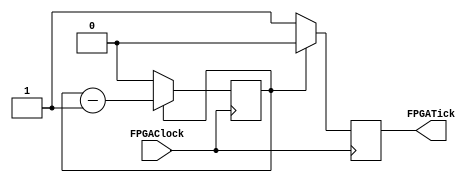
/******************************************************************************
 ** Logisim-evolution goes FPGA automatic generated Verilog code             **
 ** https://github.com/logisim-evolution/                                    **
 **                                                                          **
 ** Component : logisimTickGenerator                                         **
 **                                                                          **
 *****************************************************************************/

module logisimTickGenerator( FPGAClock,
                             FPGATick );

   /*******************************************************************************
   ** Here all module parameters are defined with a dummy value                  **
   *******************************************************************************/
   parameter nrOfBits = 1;
   parameter reloadValue = 1;

   /*******************************************************************************
   ** The inputs are defined here                                                **
   *******************************************************************************/
   input FPGAClock;

   /*******************************************************************************
   ** The outputs are defined here                                               **
   *******************************************************************************/
   output FPGATick;

   /*******************************************************************************
   ** The wires are defined here                                                 **
   *******************************************************************************/
   wire [nrOfBits-1:0] s_countNext;
   wire                s_tickNext;

   /*******************************************************************************
   ** The registers are defined here                                             **
   *******************************************************************************/
   reg [nrOfBits-1:0] s_countReg;
   reg                s_tickReg;

   /*******************************************************************************
   ** The module functionality is described here                                 **
   *******************************************************************************/

   /*******************************************************************************
   ** Here the output is defined                                                 **
   *******************************************************************************/
   assign  FPGATick  =  s_tickReg;

   /*******************************************************************************
   ** Here the update logic is defined                                           **
   *******************************************************************************/
   assign s_tickNext  = (s_countReg == 0) ? 1'b1 : 1'b0;
   assign s_countNext = (s_countReg == 0) ? reloadValue-1 : s_countReg-1;

   /*******************************************************************************
   ** Here the simulation only initial is defined                                **
   *******************************************************************************/
   initial
   begin
      s_countReg = 0;
      s_tickReg  = 1'b0;
   end

   /*******************************************************************************
   ** Here the flipflops are defined                                             **
   *******************************************************************************/
   always @(posedge FPGAClock)
   begin
       s_countReg <= s_countNext;
       s_tickReg  <= s_tickNext;
   end

endmodule